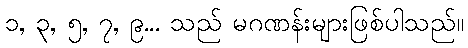
၁, ၃, ၅, ၇, ၉... သည် မဂဏန်းများဖြစ်ပါသည်။